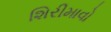
શિરીમાવો